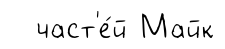
част'е́й Майк